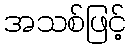
အသစ်ဖြင့်